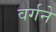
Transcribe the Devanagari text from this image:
वर्गने